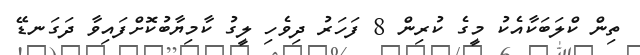
ތިން ކްލަބަކާއެކު މީގެ ކުރިން 8 ފަހަރު ދިވެހި ލީގު ކާމިޔާބުކޮށްފައިވާ ދަގަނޑޭ